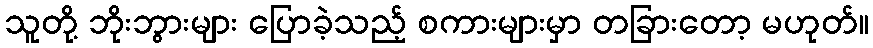
သူတို့ ဘိုးဘွားများ ပြောခဲ့သည့် စကားများမှာ တခြားတော့ မဟုတ်။